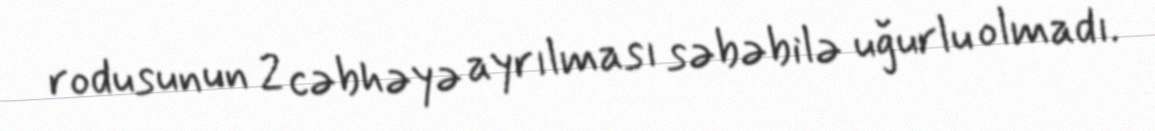
rodusunun 2 cəbhəyə ayrılması səbəbilə uğurlu olmadı.